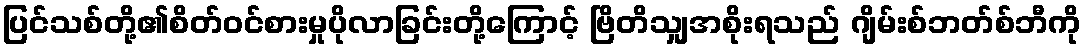
ပြင်သစ်တို့၏စိတ်ဝင်စားမှုပိုလာခြင်းတို့ကြောင့် ဗြိတိသျှအစိုးရသည် ဂျိမ်းစ်ဘတ်စ်ဘီကို